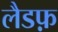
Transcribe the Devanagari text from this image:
लैडफ़